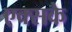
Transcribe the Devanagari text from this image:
एक्सके